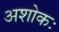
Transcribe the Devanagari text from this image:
अशोकः